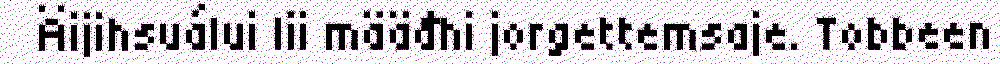
Äijihsuálui lii määđhi jorgettemsaje. Tobbeen